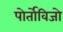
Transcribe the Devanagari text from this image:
पोर्तोविजो